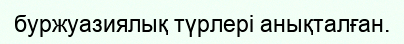
буржуазиялық түрлері анықталған.